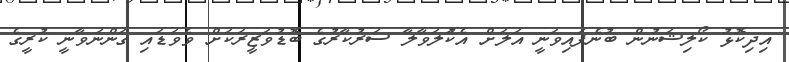
އިދިކޮޅު ކޯލިޝަނުން ބުނެފައިވަނީ އަލަށް އެކުަލަވާލާ ސަރުކާރުގެ ބޮޑުވަޒީރަކަށް ވެވަޑައި ގަންނަވާނީ ކުރީގެ